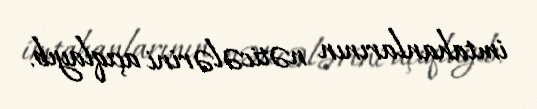
imtahanlarının nəticələrini açıqlayıb.